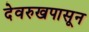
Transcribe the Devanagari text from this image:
देवरुखपासून